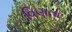
વિણતા